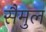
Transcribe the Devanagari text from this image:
सैमुल